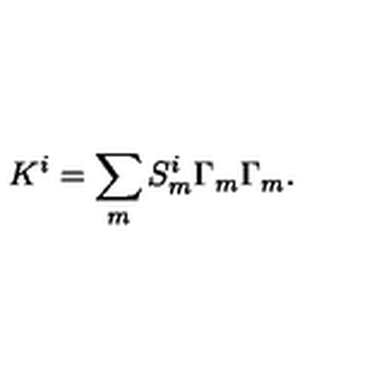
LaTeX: K ^ { i } = \sum _ { m } S _ { m } ^ { i } \Gamma _ { m } \Gamma _ { m } .